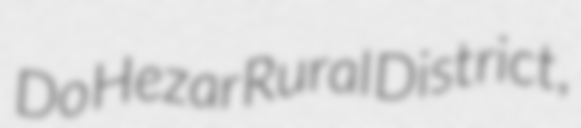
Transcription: Do Hezar Rural District,